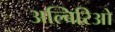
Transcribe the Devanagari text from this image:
अल्बिरिओ